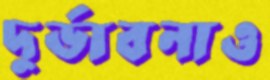
দুর্ভাবনাও